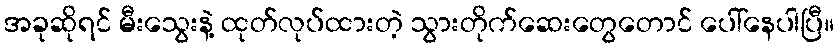
အခုဆိုရင် မီးသွေးနဲ့ ထုတ်လုပ်ထားတဲ့ သွားတိုက်ဆေးတွေတောင် ပေါ်နေပါပြီ။